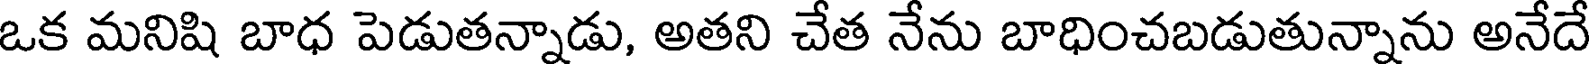
ఒక మనిషి బాధ పెడుతన్నాడు, అతని చేత నేను బాధించబడుతున్నాను అనేదే